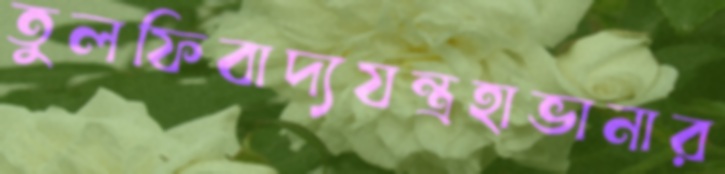
তুলফিবাদ্যযন্ত্রহাভানার